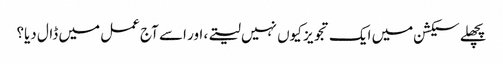
پچھلے سیکشن میں ایک تجویز کیوں نہیں لیتے، اور اسے آج عمل میں ڈال دیا؟